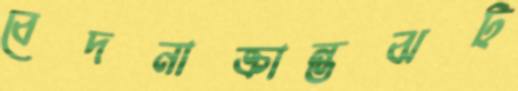
বেদনাক্রান্তঝট্